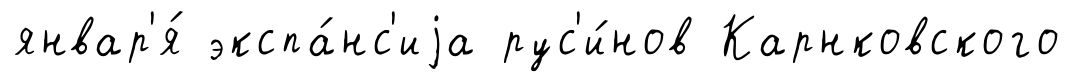
январ'я́ экспа́нс'иjа рус'и́нов Карнковского